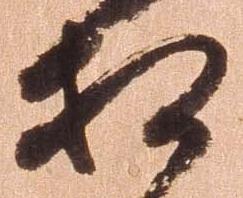
相